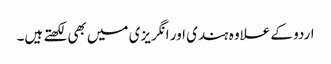
اردو کے علاوہ ہندی اور انگریزی میں بھی لکھتے ہیں۔